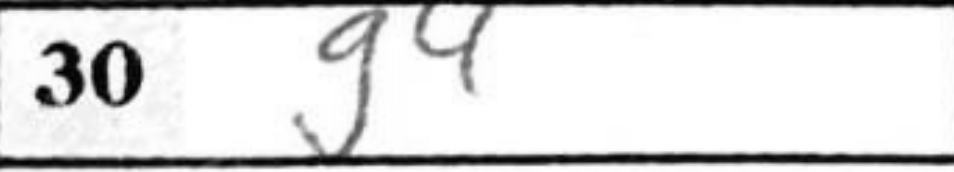
Transcription: g4